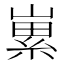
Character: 𡻭